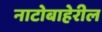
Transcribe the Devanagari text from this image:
नाटोबाहेरील